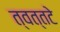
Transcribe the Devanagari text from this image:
त्वत्तटे